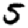
Digit: 5